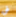
فى